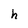
Character: h